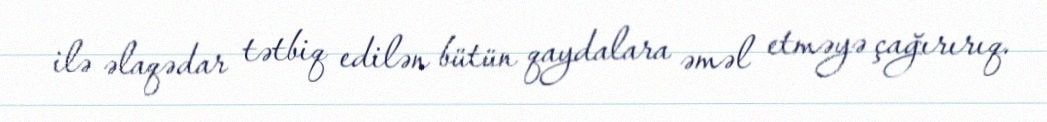
ilə əlaqədar tətbiq edilən bütün qaydalara əməl etməyə çağırırıq.